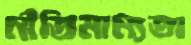
নীতিমান্যতা